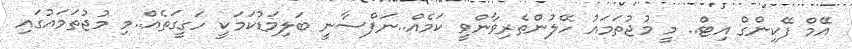
އޭމް ފޭކިންގް އިޓް.. މީ މުޖުތަމައު ހޭލުންތެރިވާންވީ ކަމެއް..ނަފްސާނީ ބަލިމަޑުކަމަކީ ހަގީގަތެއް..މި މުޖުތަމައުގައި